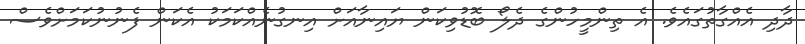
ދާދި އެއްގާތުގައެވެ. އެ ތިންމީހުންގެ ދެލޯ ބޮޑުވިކަން ޔައިނާއަށް އިނގުނެއްކަމަކު އެކަން ފެނުނުކަމަށްވެސް